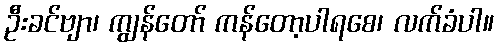
ဦးခင်ဗျာ၊ ကျွန်တော် ကန်တော့ပါရစေ၊ လက်ခံပါ။